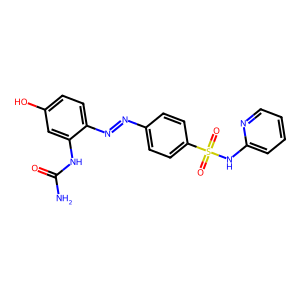
SMILES: NC(=O)Nc1cc(O)ccc1N=Nc1ccc(S(=O)(=O)Nc2ccccn2)cc1
Inhibits HIV replication: No